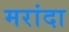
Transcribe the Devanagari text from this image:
मरांदा